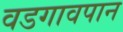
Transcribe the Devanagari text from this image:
वडगावपान